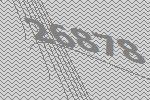
26878